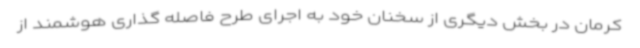
کرمان در بخش دیگری از سخنان خود به اجرای طرح فاصله گذاری هوشمند از